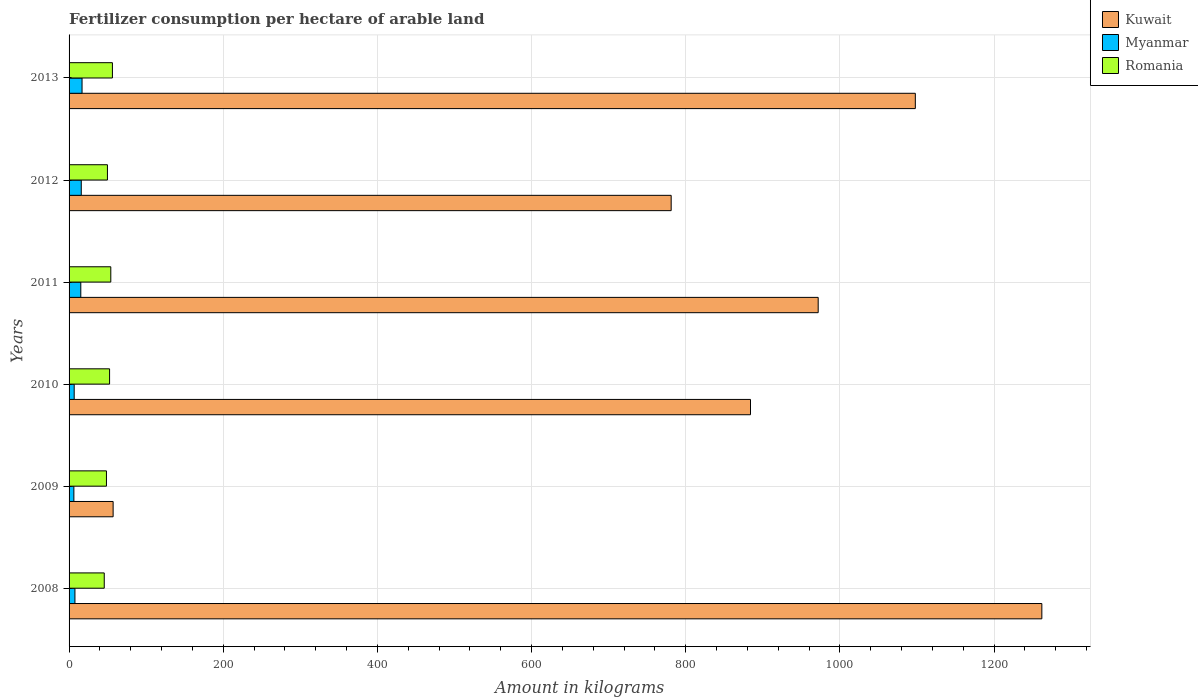
| Years | Kuwait | Myanmar | Romania |
 | --- | --- | --- | --- |
 | 2008 | 1.26e+03 | 7.61 | 45.6 |
 | 2009 | 57.1 | 6.24 | 48.5 |
 | 2010 | 884 | 6.64 | 52.5 |
 | 2011 | 972 | 15.2 | 54.1 |
 | 2012 | 781 | 15.8 | 49.8 |
 | 2013 | 1.1e+03 | 16.8 | 56.2 |